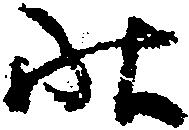
状